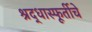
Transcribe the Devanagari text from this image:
श्रद्धास्फूर्तीचे